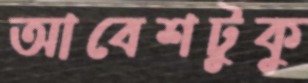
আবেশটুকু